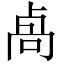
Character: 卨